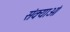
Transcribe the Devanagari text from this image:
संक्याओं